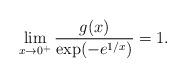
LaTeX: \begin{align*} \lim_{x\to 0^+} \frac{g(x)}{\exp(-e^{1/x})}=1.\end{align*}